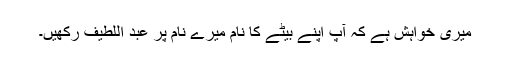
میری خواہش ہے کہ آپ اپنے بیٹے کا نام میرے نام پر عبد اللطیف رکھیں۔